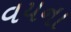
વયના